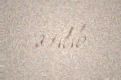
atılıb.